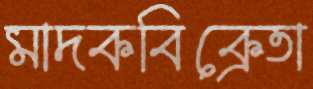
মাদকবিক্রেতা